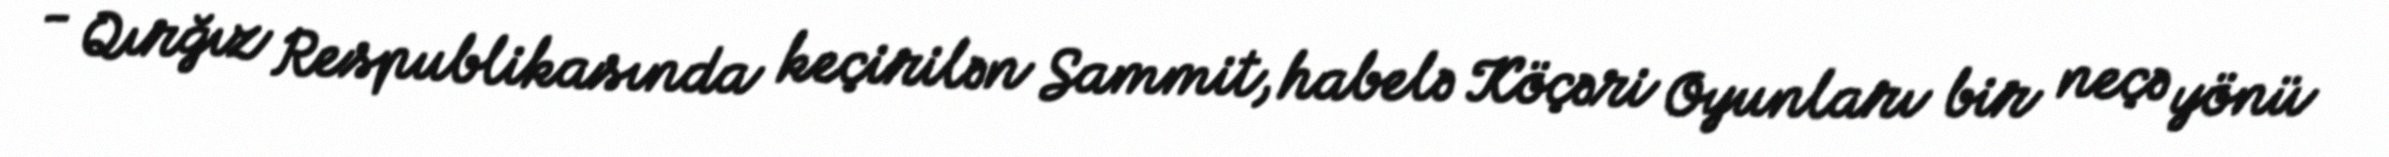
- Qırğız Respublikasında keçirilən Sammit, habelə Köçəri Oyunları bir neçə yönü